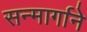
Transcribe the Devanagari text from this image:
सन्मार्गाने